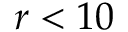
r < 1 0